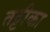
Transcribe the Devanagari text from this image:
तट्टीका